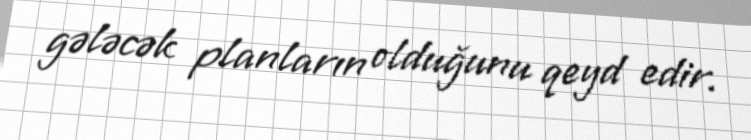
gələcək planların olduğunu qeyd edir.